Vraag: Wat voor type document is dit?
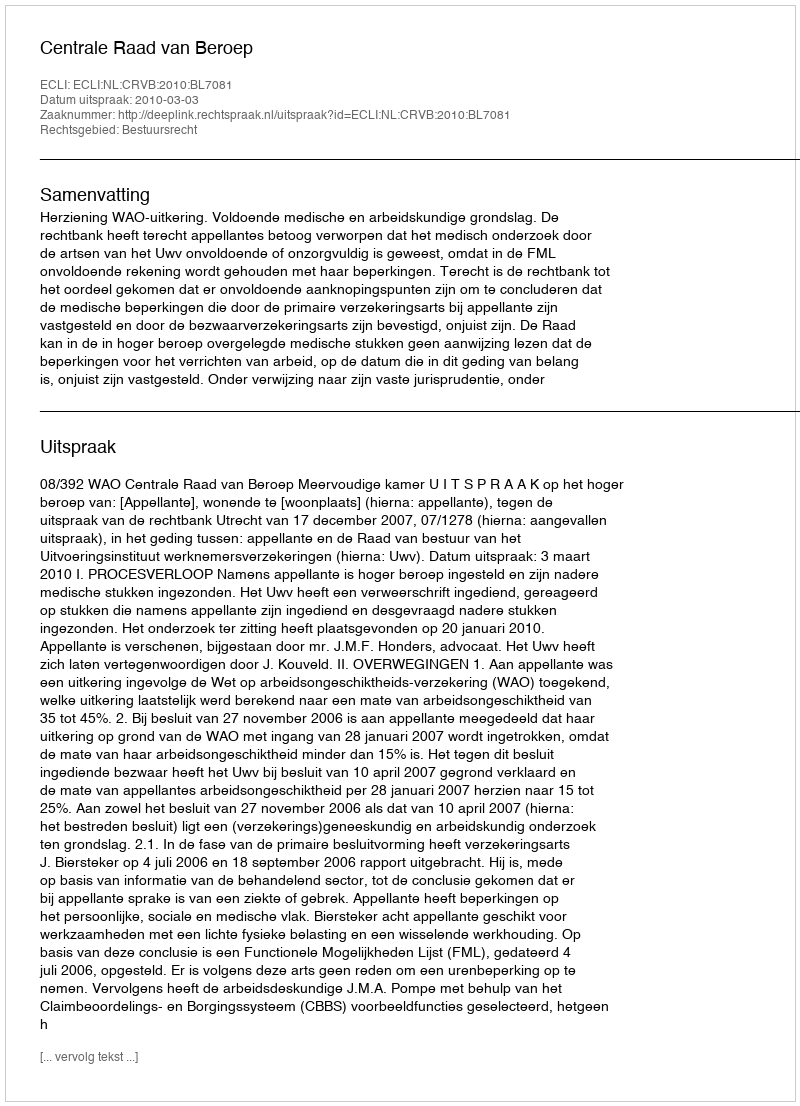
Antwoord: Uitspraak